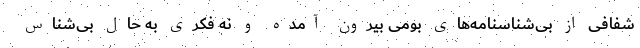
شفافی از بی‌شناسنامه‌های بومی بیرون آمده و نه فکری به حال بی‌شناس